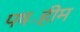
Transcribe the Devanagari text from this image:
पष॰हीम